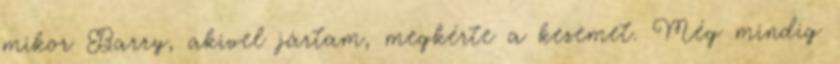
mikor Barry, akivel jártam, megkérte a kezemet. Még mindig